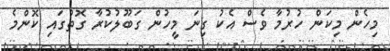
މިހެން މިކަން ހުރުމާ ވެސް އެކު ގިނަ މީހުން ގަބޫލުކުރާ ގޮތުގައި ކޮންމެ